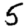
Digit: 5